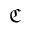
{ \mathfrak C }